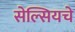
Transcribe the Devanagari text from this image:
सेल्सियचे